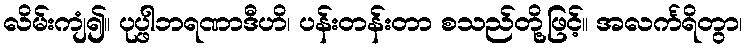
လိမ်းကျံ၍။ ပုပ္ဖါဘရဏာဒီဟိ၊ ပန်းတန်းတာ စသည်တို့ဖြင့်။ အလင်္ကရိတွာ၊